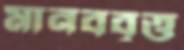
মানববৃত্ত